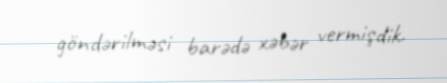
göndərilməsi barədə xəbər vermişdik.